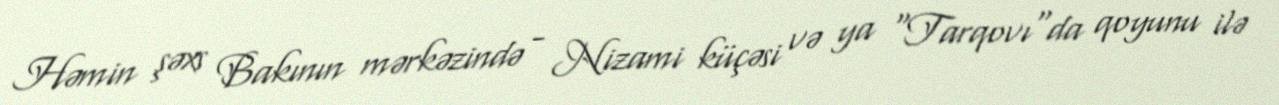
Həmin şəxs Bakının mərkəzində - Nizami küçəsi və ya "Tarqovı"da qoyunu ilə